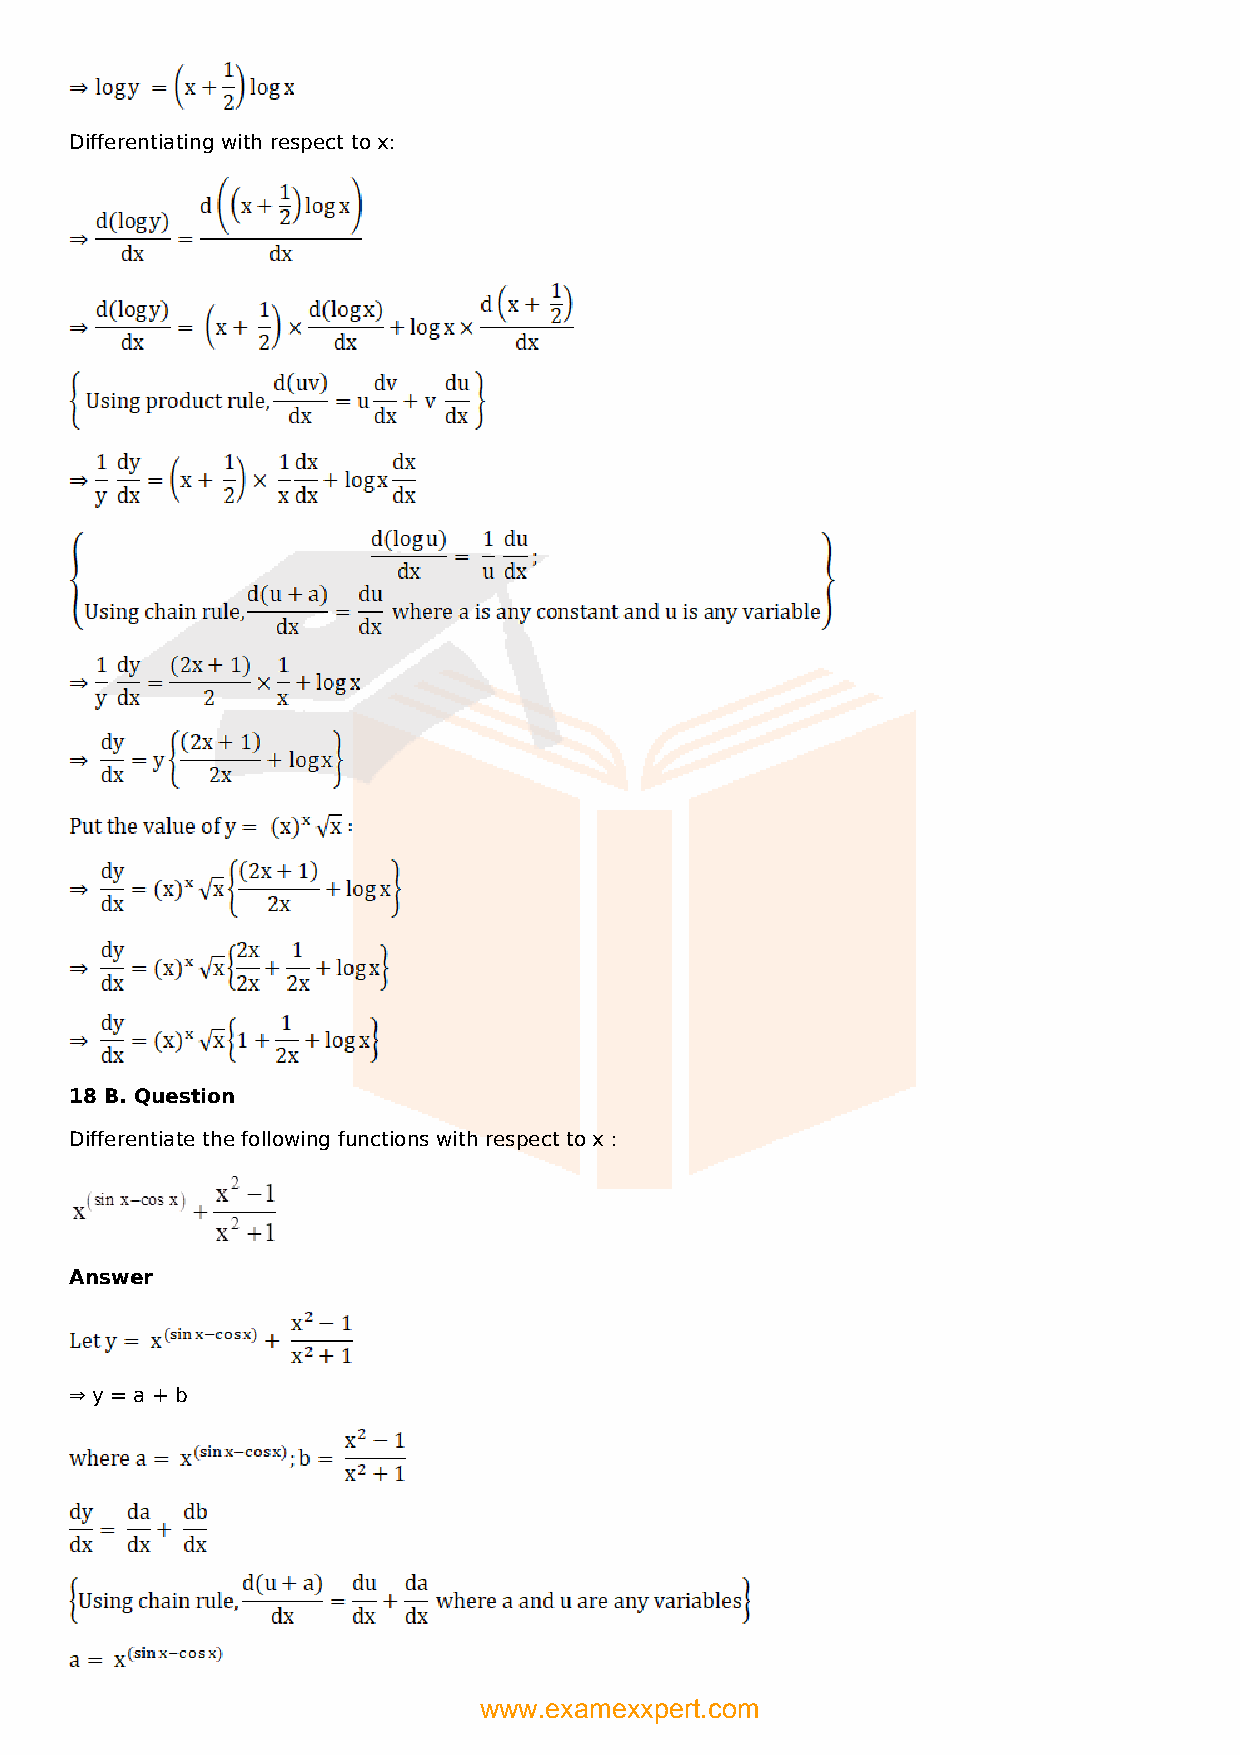
Differentiating with respect to x:
 18 B. Question
 Differentiate the following functions with respect to x :
 Answer
 ⇒ y = a + b
 www.examexxpert.com